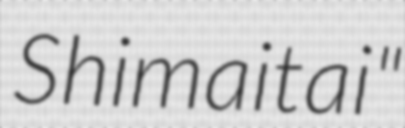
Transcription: Shimaitai"